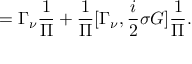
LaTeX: = \Gamma _ { \nu } \frac { 1 } { \Pi } + \frac { 1 } { \Pi } [ \Gamma _ { \nu } , { \frac { i } { 2 } } \sigma G ] \frac { 1 } { \Pi } .